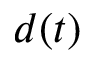
d ( t )